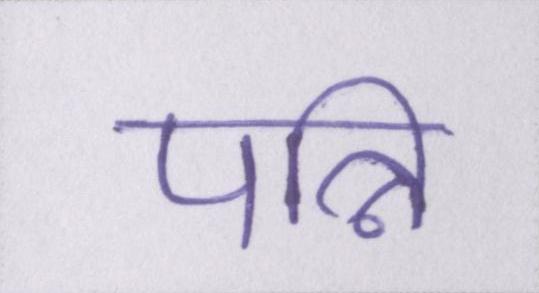
पत्नि